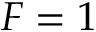
F = 1